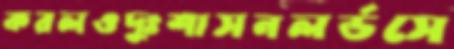
করলওদুঃশাসনলর্ডসে